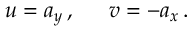
u = a _ { y } \, , \, \, \, \, \, \, \, \, \, v = - a _ { x } \, .